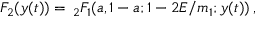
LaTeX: F _ { 2 } ( y ( t ) ) = \, _ { 2 } F _ { 1 } ( a , 1 - a ; 1 - 2 E / m _ { 1 } ; y ( t ) ) \, ,